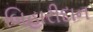
બિહારીદાન